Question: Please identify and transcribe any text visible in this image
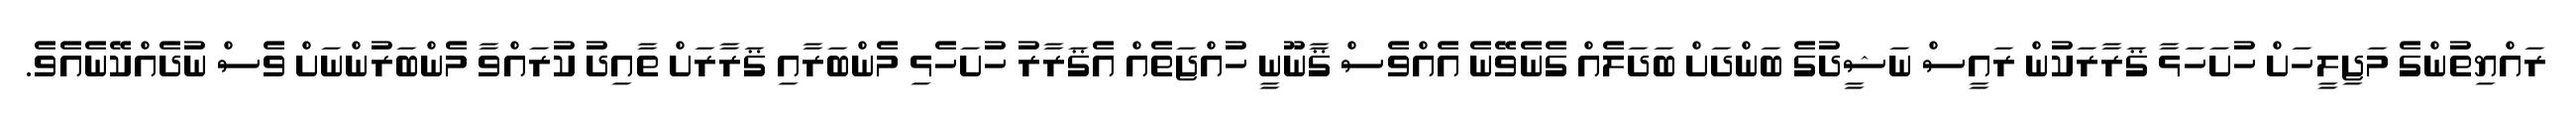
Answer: ރައްޔިތުންގެ މަޖިލީހަށް ހުށަހަޅާ ޤަރާރަކުން ރައީސް ނަޝީދުގެ ބަންދަށް ބަދަލެއް ގެނެވޭނެ އެއްވެސް ޤާނޫނީ ހުއްޖަތެއް އެޤަރާރު ހުށަހެޅި މެންބަރާއި ޤަރާރަށް ތާއިދު ކުރައްވާ މެންބަރުންނަށް ވެސް ނުދެއްކޭނެއެވެ.